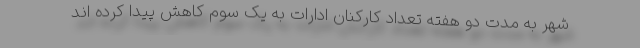
شهر به مدت دو هفته تعداد کارکنان ادارات به یک سوم کاهش پیدا کرده اند